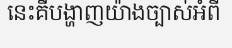
នេះគឺបង្ហាញយ៉ាងច្បាស់អំពី